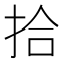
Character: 拾